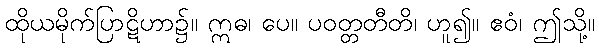
ထိုယမိုက်ပြာဋိဟာ၌။ ဣဓ၊ ပေ။ ပဝတ္တတီတိ၊ ဟူ၍။ ဧဝံ၊ ဤသို့။